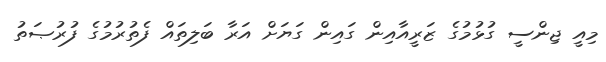
މިއީ ޖިންސީ ގުޅުމުގެ ޒަރީއާއިން ގައިން ގަޔަށް އަރާ ބަލިތައް ފެތުރުމުގެ ފުރުޞަތު